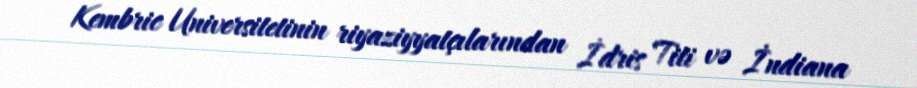
Kembric Universitetinin riyaziyyatçılarından İdris Titi və İndiana